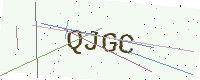
Text: QJGC